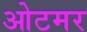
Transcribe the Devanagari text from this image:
ओटमर